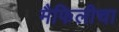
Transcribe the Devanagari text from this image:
मैफिलीचा